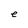
Character: e